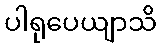
ပါရုပေယျာသိ